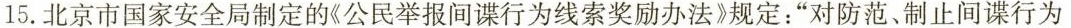
15.北京市国家安全局制定的《公民举报间谍行为线索奖励办法》规定：”对防范、制止间谍行为